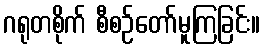
ဂရုတစိုက် စီစဉ်တော်မူကြခြင်း။